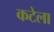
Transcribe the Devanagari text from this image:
कटेला